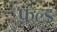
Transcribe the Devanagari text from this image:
फ़ल्ड